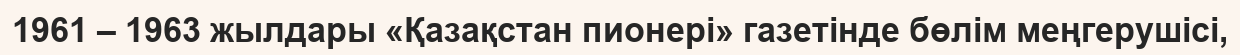
1961 – 1963 жылдары «Қазақстан пионері» газетінде бөлім меңгерушісі,